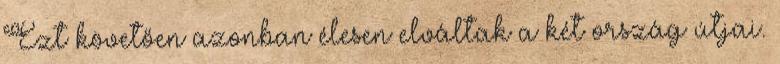
Ezt követően azonban élesen elváltak a két ország útjai.